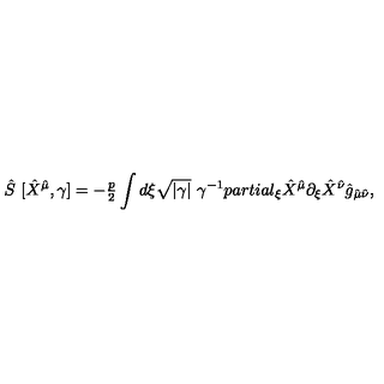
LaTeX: \hat { S } \ [ \hat { X } ^ { \hat { \mu } } , \gamma ] = - { \textstyle \frac { p } { 2 } } \int d \xi \sqrt { | \gamma | } \ \gamma ^ { - 1 } p a r t i a l _ { \xi } \hat { X } ^ { \hat { \mu } } \partial _ { \xi } \hat { X } ^ { \hat { \nu } } \hat { g } _ { \hat { \mu } \hat { \nu } } ,